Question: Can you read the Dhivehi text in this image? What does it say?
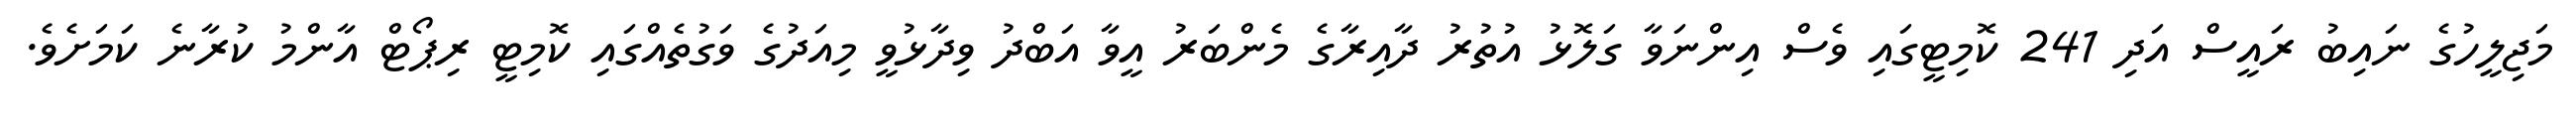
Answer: މަޖިލީހުގެ ނައިބު ރައީސް އަދި 241 ކޮމިޓީގައި ވެސް އިންނަވާ ގަލޮޅު އުތުރު ދާއިރާގެ މެންބަރު އީވާ އަބްދު ވިދާޅުވީ މިއަދުގެ ވަގުތެއްގައި ކޮމިޓީ ރިޕޯޓް އާންމު ކުރާނެ ކަމަށެވެ.